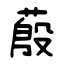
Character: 蒑